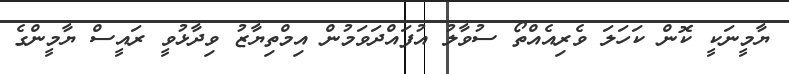
ޔާމީނަކީ ކޮން ކަހަލަ ވެރިއެއްތޯ ސުވާލު އުފައްދަވަމުން އިމްތިޔާޒު ވިދާޅުވީ ރައީސް ޔާމީންގެ